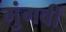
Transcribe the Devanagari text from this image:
गुंगवीं